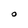
Character: O